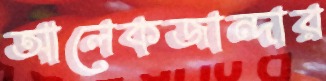
আলেকজান্দার